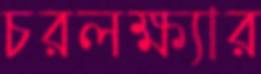
চরলক্ষ্যার